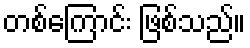
တစ်ကြောင်း ဖြစ်သည်။